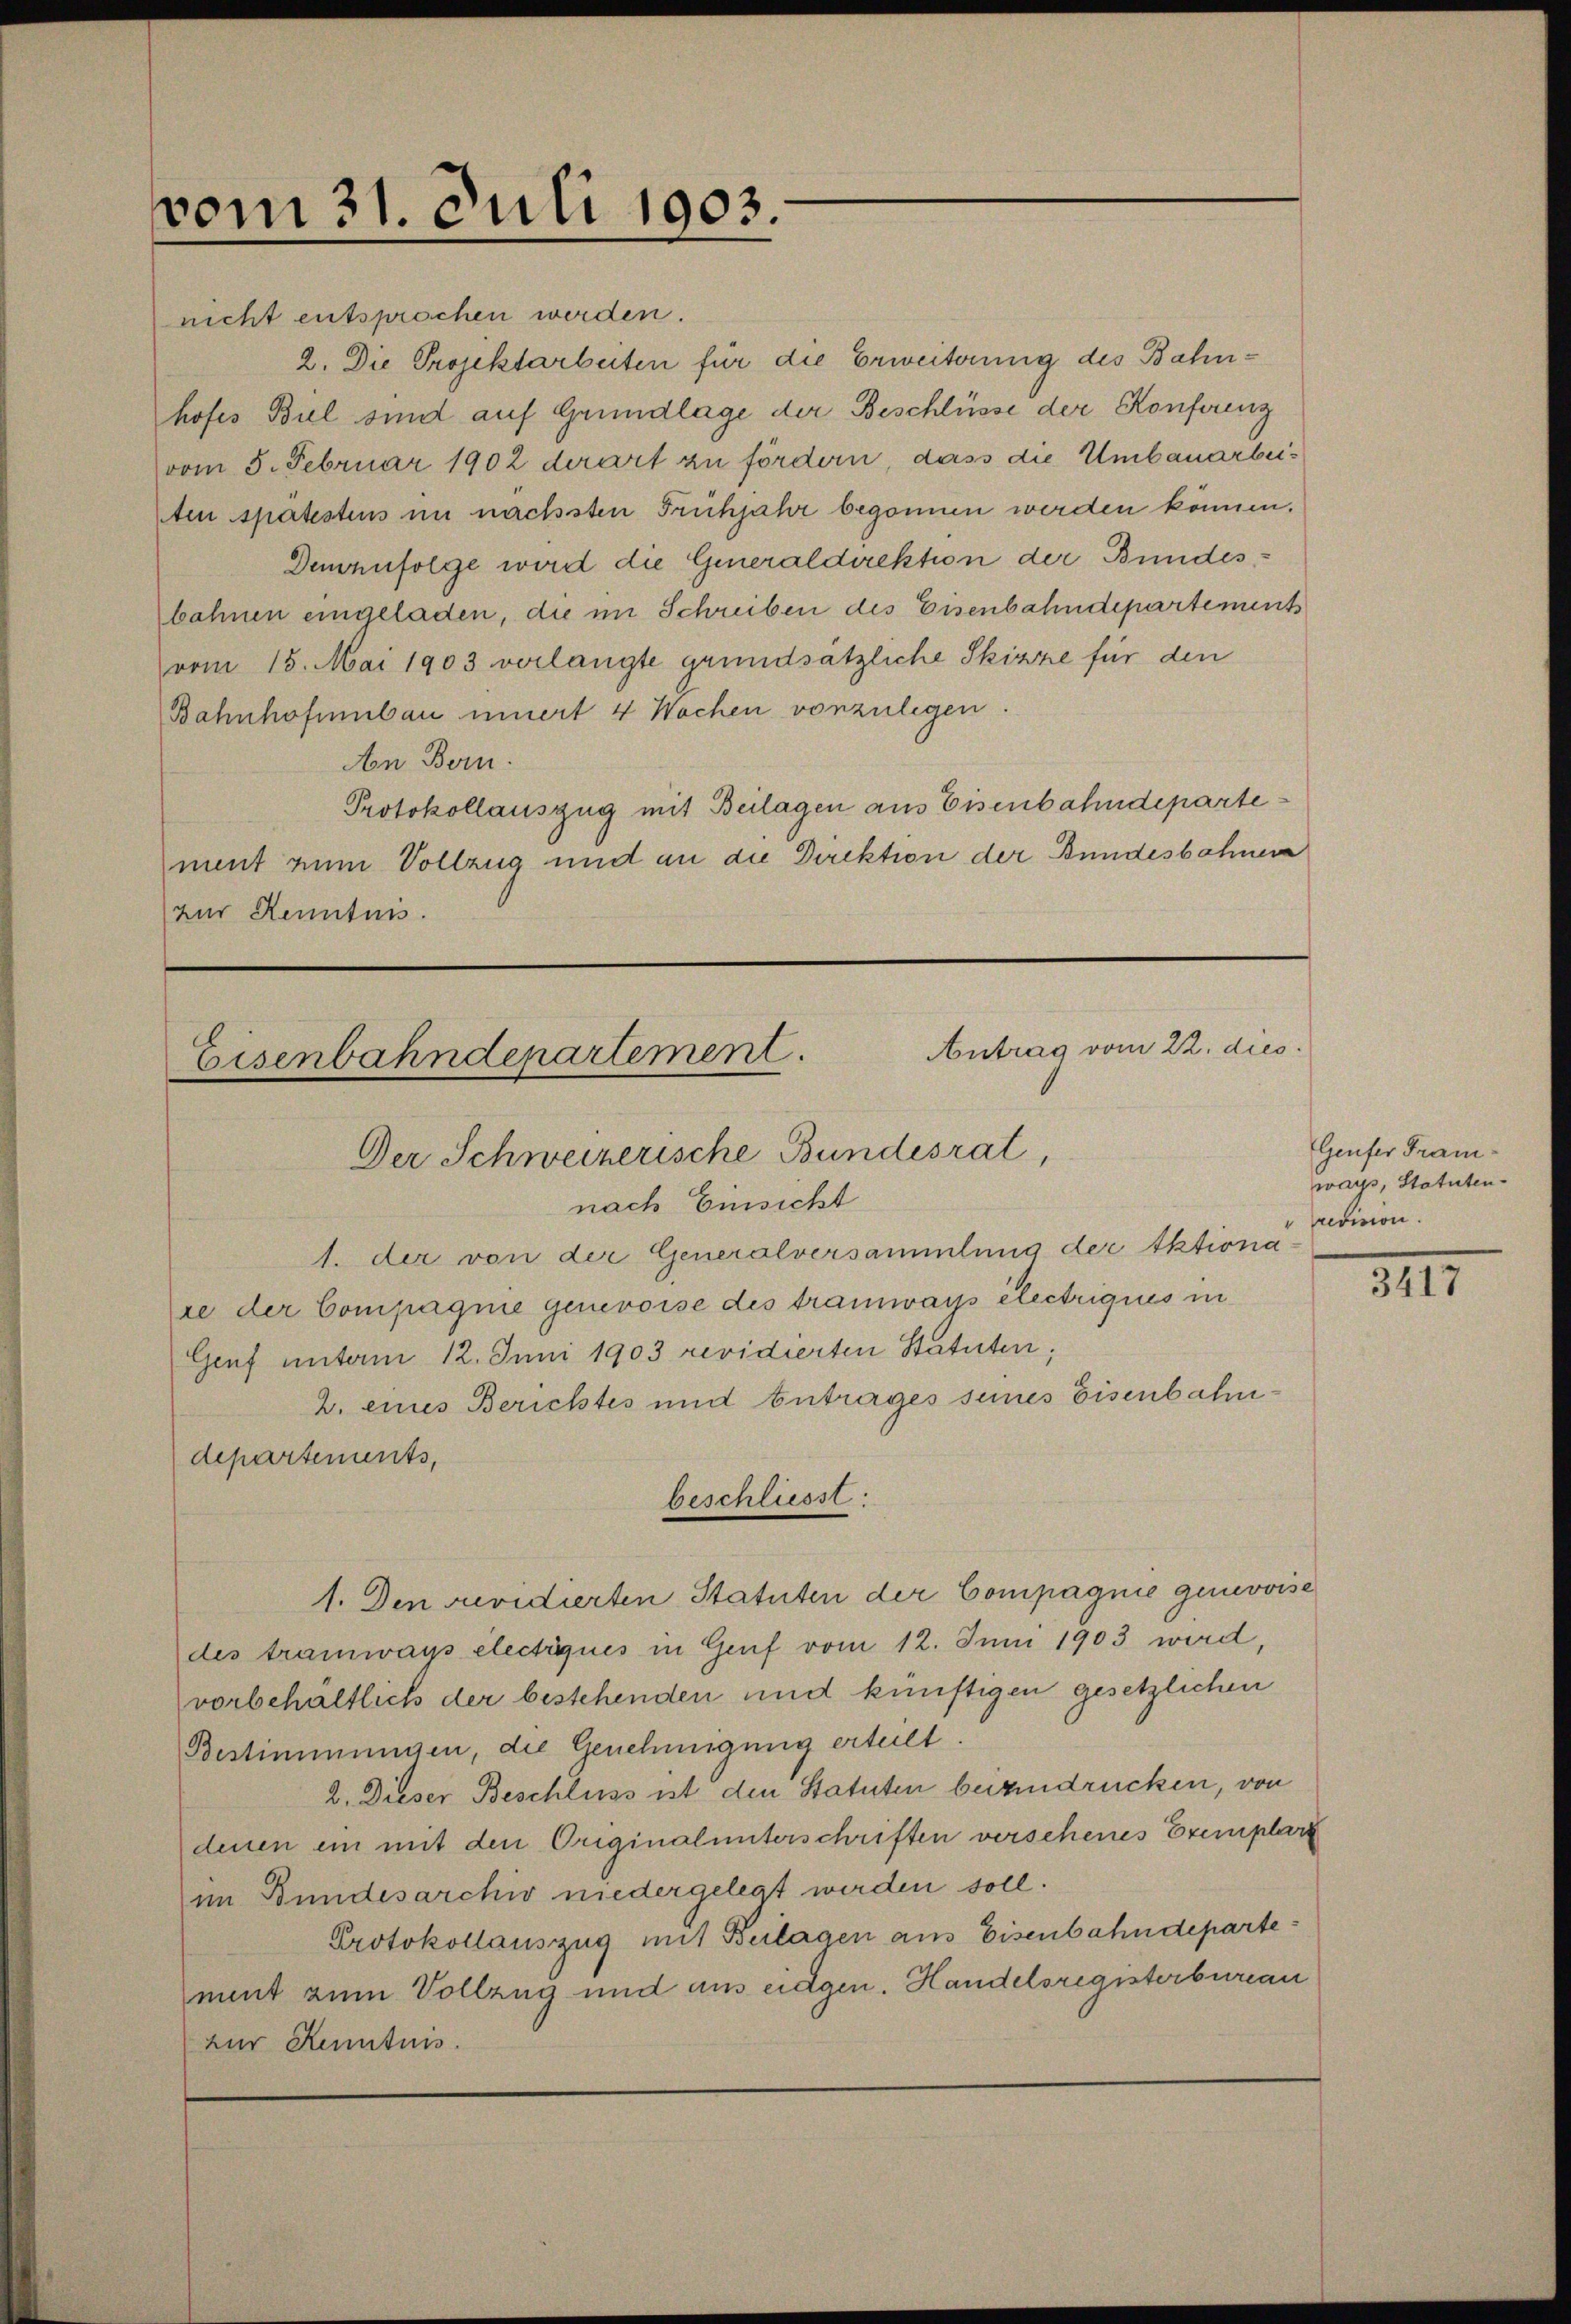
vom 31. Juli 1903.

nicht entsprochen werden.
2. Die Projektarbeiten für die Erweiterung des Bahnhofes Biel sind auf Grundlage der Beschlüsse der Konferenz
vom 5. Februar 1902 derart zu fördern, dass die Umbauarbeiten spätestens im nächsten Frühjahr begonnen werden können.
Demzufolge wird die Generaldirektion der Bundesbahnen eingeladen, die im Schreiben des Eisenbahndepartements
vom 15. Mai 1903 verlangte grundsätzliche Skizze für den
Bahnhofenbau innert 4 Wochen vorzulegen.
An Bern.
Protokollauszug mit Beilagen aus Eisenbahndeparte
ment zum Vollzug und an die Direktion der Bundesbahnen
zur Kenntnis.

Antrag vom 22. dies
Eisenbahndepartement.
Der Schweizerische Bundesrat,

nach Einsicht
1. der von der Generalversammlung der Aktiona
ie der Compagnie genevoise des tramwais electriques in
Genf unterm 12. Juni 1903 revidierten Statuten;
2. eines Berichtes und betrages seines Eisenbahndepartements,
1. Den revidierten Statuten der Compagnie genevoise
des tramways electiques in Genf vom 12. Juni 1903 wird,
vorbehaltlich der bestehenden und künftigen gesetzlichen
Bestimmungen, die Genehmigung erteilt.
2. Dieser Beschluss ist den Statuten beizudrücken, von
denen ein mit den Originalunterschriften verschenes Exemplare
im Bundesarchiv niedergelegt werden soll.
Protokollauszug mit Beilagen aus Eisenbahndepartement zum Vollzug und aus eidgen. Handelsregisterbureau
zur Kenntnis.

beschliesst:

Geufer Franways, Statuten.
revision.

3417